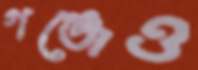
গঞ্জেও